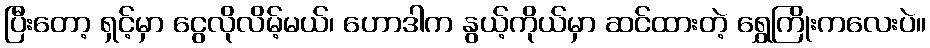
ပြီးတော့ ရှင့်မှာ ငွေလိုလိမ့်မယ်၊ ဟောဒါက နွယ့်ကိုယ်မှာ ဆင်ထားတဲ့ ရွှေကြိုးကလေးပဲ။